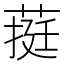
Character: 𮐄